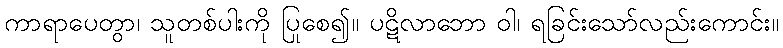
ကာရာပေတွာ၊ သူတစ်ပါးကို ပြုစေ၍။ ပဋိလာဘော ဝါ၊ ရခြင်းသော်လည်းကောင်း။